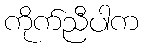
ကိုက်ညီပါက